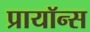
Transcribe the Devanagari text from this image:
प्रायॉन्स